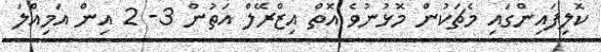
ކޮލިފައިންގައި މެޗަކުން މޮޅުނުވެ އޮތް އިޒްރޭލް އަތުން 3- 2 އިން އަމިއްލަ